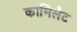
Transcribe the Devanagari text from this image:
कामिलैट